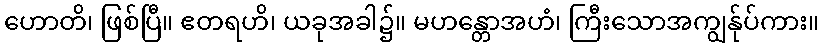
ဟောတိ၊ ဖြစ်ပြီ။ ဧတရဟိ၊ ယခုအခါ၌။ မဟန္တောအဟံ၊ ကြီးသောအကျွန်ုပ်ကား။